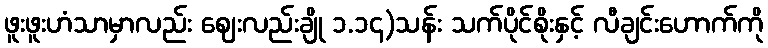
ဖူးဖူးဟံသာမှာလည်း ဈေးလည်းချို ၁.၁၄)သန်း သက်ပိုင်စိုးနှင့် လီချင်းဟောက်ကို